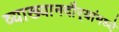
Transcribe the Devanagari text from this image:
व्याख्यानदौर्‍यांमध्ये